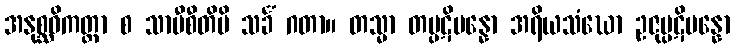
အနုစ္ဆဝိကတ္တာ စ သာမီစီတိပိ သင်္ခံ ဂတာ။ တသ္မာ တမ္ပဋိပန္နော အရိယသံဃော ဥဇုပ္ပဋိပန္နော